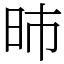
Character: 昁